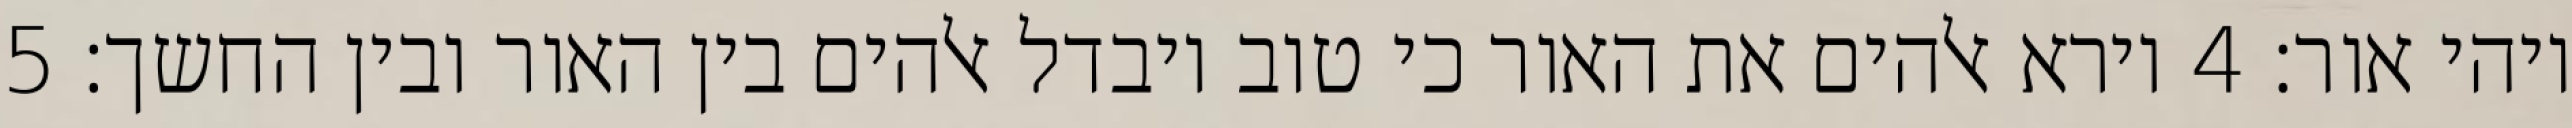
ויהי אור׃ ‎4‏ וירא אלהים את האור כי טוב ויבדל אלהים בין האור ובין החשך׃ ‎5‏